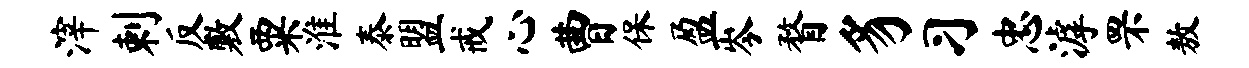
滓剌反敷粟淮泰盟戒心曹保盈岑瞀豸习忠滹罘敖